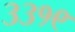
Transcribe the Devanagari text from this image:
३३१९